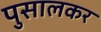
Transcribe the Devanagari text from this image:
पुसालकर